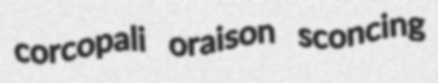
corcopali oraison sconcing